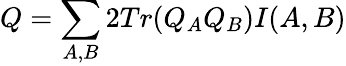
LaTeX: Q=\sum_{A,B}2Tr(Q_{A}Q_{B})I(A,B)